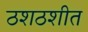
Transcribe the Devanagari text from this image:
ठशठशीत